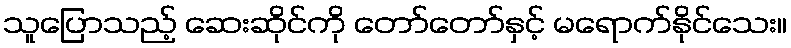
သူပြောသည့် ဆေးဆိုင်ကို တော်တော်နှင့် မရောက်နိုင်သေး။